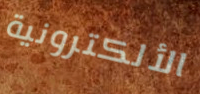
الألكترونية